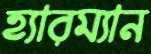
হ্যারম্যান